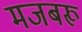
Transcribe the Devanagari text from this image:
मजबरू